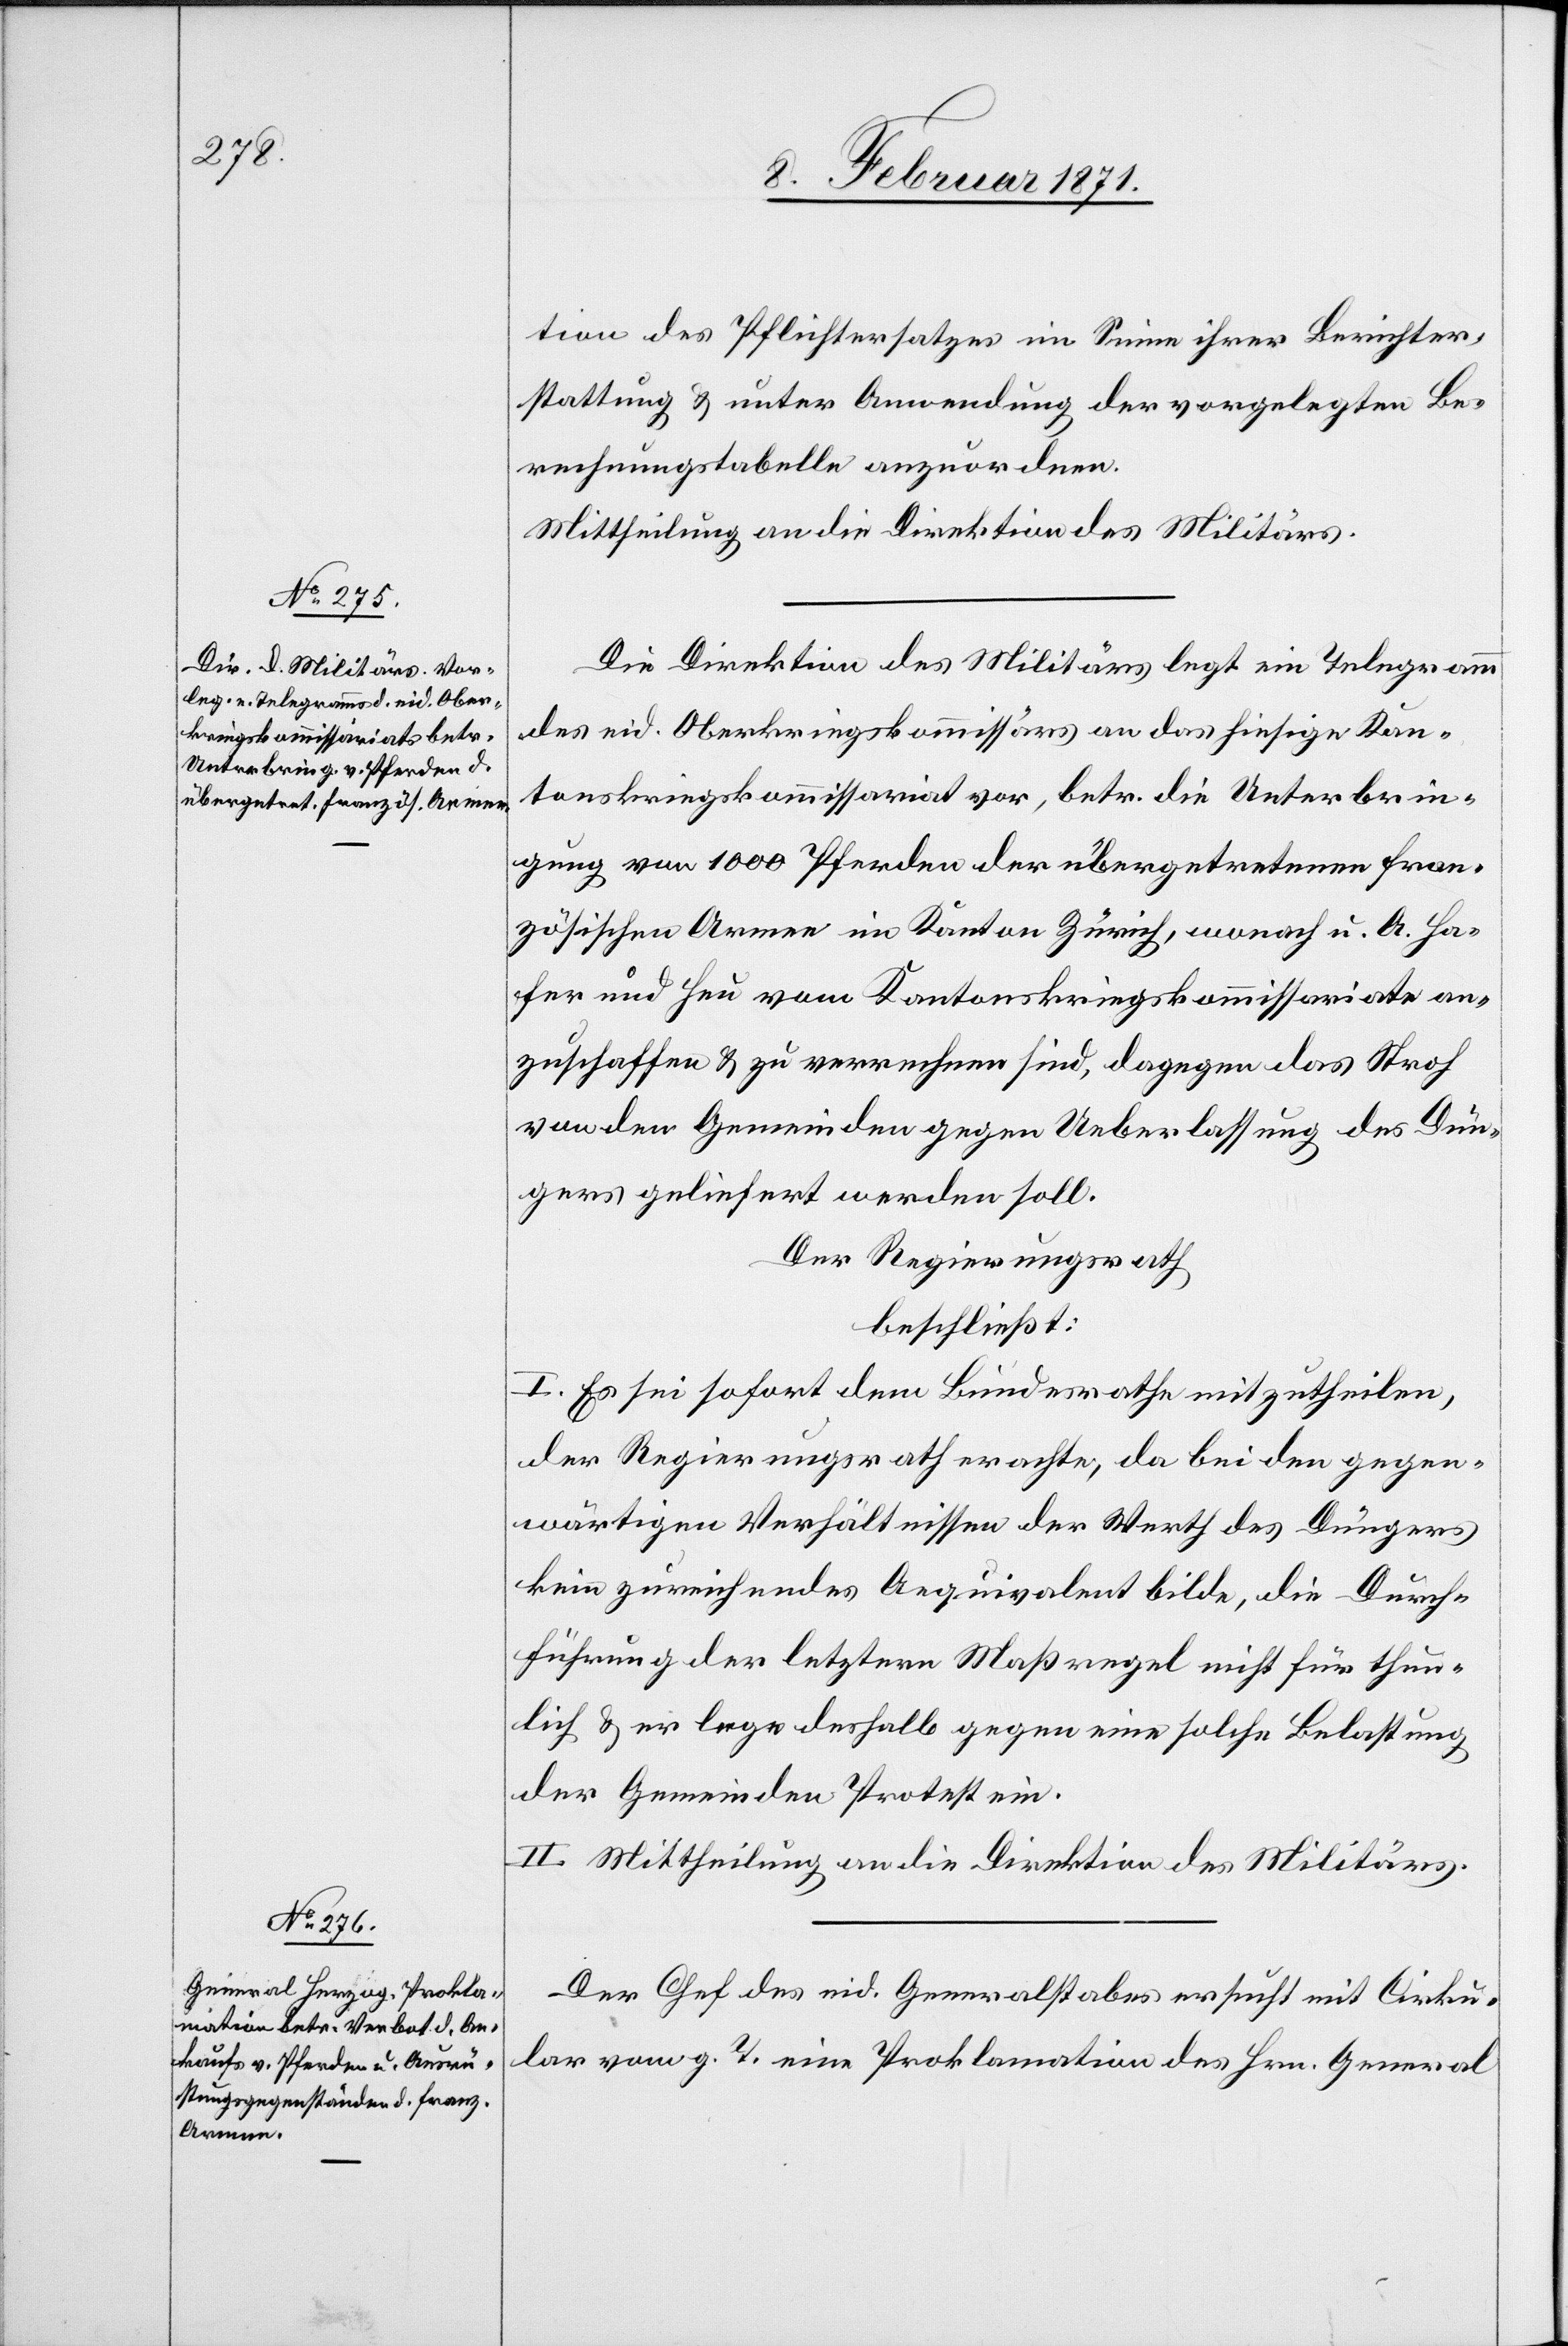
tion des Pflichtersatzes im Sinne ihrer Berichter¬
stattung u. unter Anwendung der vorgelegten Be¬
rechnungstabelle anzuordnen.
Mittheilung an die Direktion des Militärs.
Die Direktion des Militärs legt ein Telegramm
des eid. Oberkriegskommissärs an das hiesige Kan¬
tonskriegskommissariat vor, betr. die Unterbrin¬
gung von 1000 Pferden der übergetretenen fran¬
zösischen Armee im Kanton Zürich, wonach u. A. Ha¬
fer und Heu vom Kantonskriegskommissariate an¬
zuschaffen u. zu verrechnen sind, dagegen das Stroh
von den Gemeinden gegen Ueberlassung des Dün¬
gers geliefert werden soll.
Der Regierungsrath
beschließt:
I. Es sei sofort dem Bundesrathe mitzutheilen,
der Regierungsrath erachte, da bei den gegen¬
wärtigen Verhältnissen der Werth des Düngers
kein zureichendes Aequivalent bilde, die Durch¬
führung der letztern Maßregel nicht für thun¬
lich u. er lege deshalb gegen eine solche Belastung
der Gemeinden Protest ein.
II. Mittheilung an die Direktion des Militärs.
Der Chef des eid. Generalstabes ersucht mit Cirku¬
lar vom g. T. eine Proklamation des Hrn. General